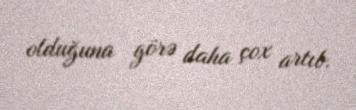
olduğuna görə daha çox artıb.